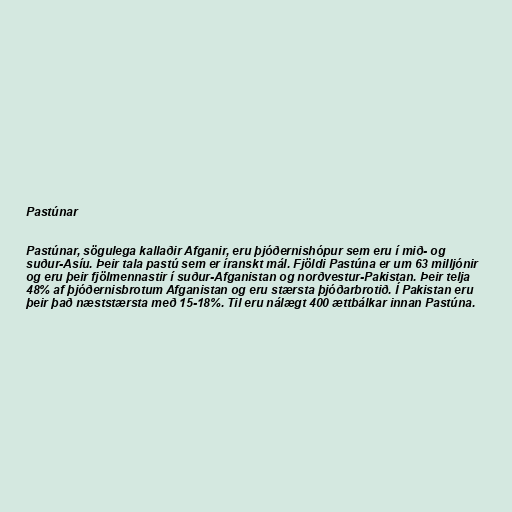
Pastúnar

Pastúnar, sögulega kallaðir Afganir, eru þjóðernishópur sem eru í mið- og
suður-Asíu. Þeir tala pastú sem er íranskt mál. Fjöldi Pastúna er um 63 milljónir
og eru þeir fjölmennastir í suður-Afganistan og norðvestur-Pakistan. Þeir telja
48% af þjóðernisbrotum Afganistan og eru stærsta þjóðarbrotið. Í Pakistan eru
þeir það næststærsta með 15-18%. Til eru nálægt 400 ættbálkar innan Pastúna.